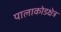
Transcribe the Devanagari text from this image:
पालाकोडक्षेत्र